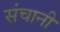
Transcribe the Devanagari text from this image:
संचानी